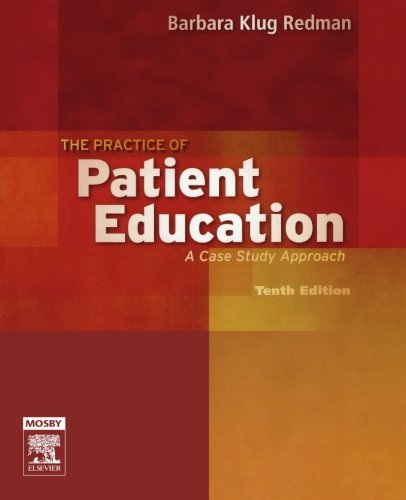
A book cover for The Practice of Patient Education: A Case Study Approach, 10e; Barbara Klug Redman PhD  RN  FAAN; Medical Books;